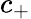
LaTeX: c_{+}